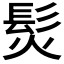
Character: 𩬊